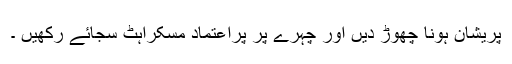
پریشان ہونا چھوڑ دیں اور چہرے پر پراعتماد مسکراہٹ سجائے رکھیں ۔